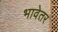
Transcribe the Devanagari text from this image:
भावेतर